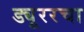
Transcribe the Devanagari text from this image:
ड्यूररचा